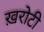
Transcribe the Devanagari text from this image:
ख़रोटी